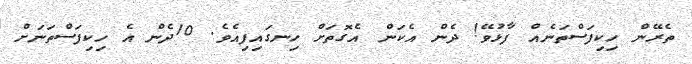
ތެރޭން ހިކިފަސްތަނެއް ފާޅުވޭ! ދެން އެކަން އެގޮތަށް ހިނގައިފިއެވެ. 10ދެން އެ ހިކިފަސްތަނަށް